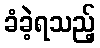
ခံခဲ့ရသည့်